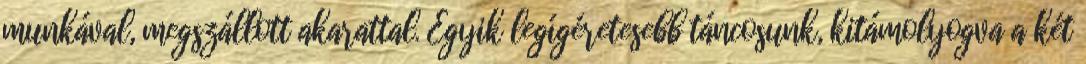
munkával, megszállott akarattal. Egyik legígéretesebb táncosunk, kitámolyogva a két